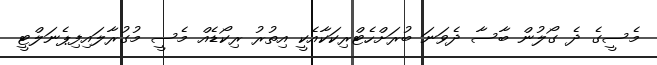
މެސީގެ ދެ ގޯލުން ބާސާ ދެވަނަ ބުރަށްހެޓްރިކަކާއެކީ އިތުރު ރިކޯޑެއް މެސީ މުގުރާލައިފިޕެނަލްޓީ